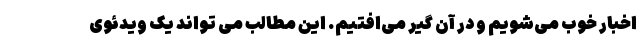
اخبار خوب می‌شویم و در آن گیر می‌افتیم. این مطالب می ‌تواند یک ویدئوی